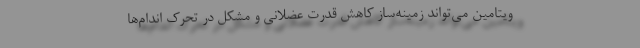
ویتامین می‌تواند زمینه‌ساز کاهش قدرت عضلانی و مشکل در تحرک اندام‌ها